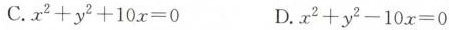
C.$$x ^ { 2 } + y ^ { 2 } + 1 0 x = 0$$ D.$$x ^ { 2 } + y ^ { 2 } - 1 0 x = 0$$